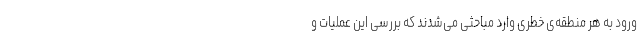
ورود به هر منطقه‌ی خطری وارد مباحثی می‌شدند که بررسی این عملیات و